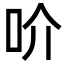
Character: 吤